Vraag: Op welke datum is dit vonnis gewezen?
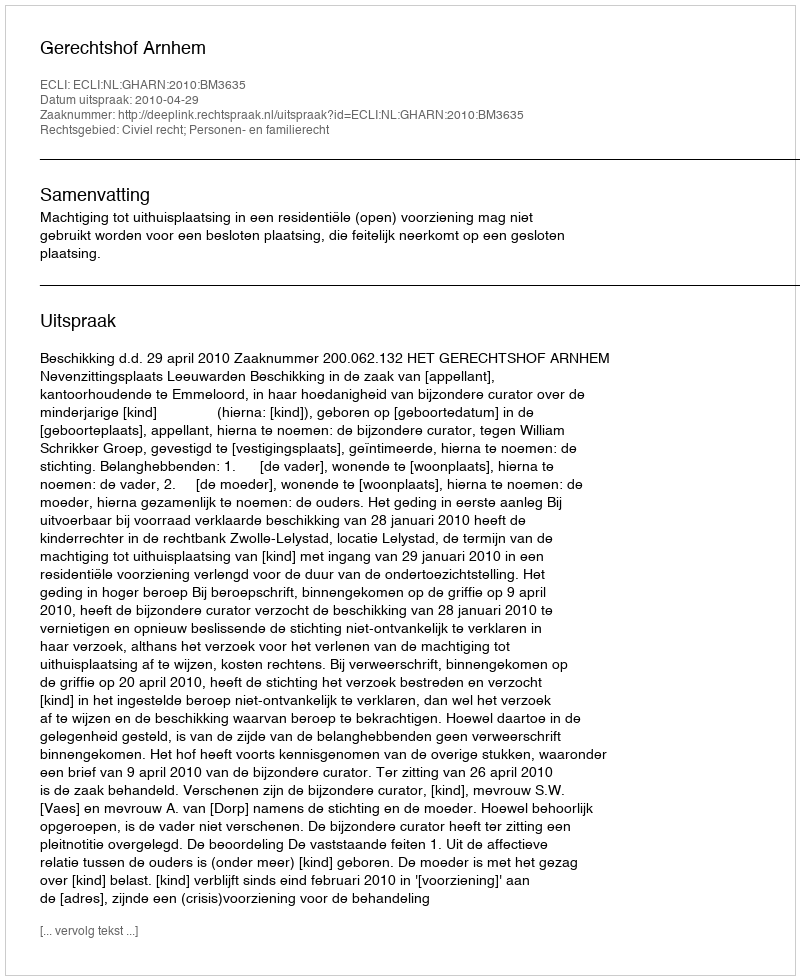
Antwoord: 2010-04-29